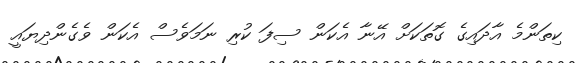
ކިތަންމެ އާދައިގެ ގޮތަކަށް އޭނާ އެކަން ސިފަ ކުރި ނަމަވެސް އެކަން ވެގެންދިޔައީ